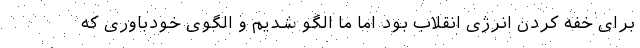
برای خفه کردن انرژی انقلاب بود اما ما الگو شدیم و الگوی خودباوری که